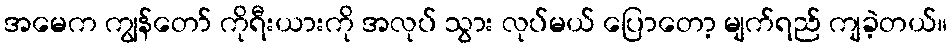
အမေက ကျွန်တော် ကိုရီးယားကို အလုပ် သွား လုပ်မယ် ပြောတော့ မျက်ရည် ကျခဲ့တယ်။